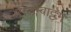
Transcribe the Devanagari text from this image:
सिलम्बाट्टम